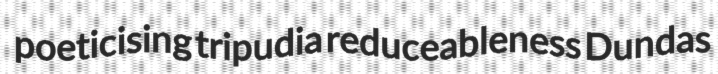
poeticising tripudia reduceableness Dundas